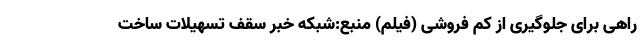
راهی برای جلوگیری از کم فروشی (فیلم) منبع:شبکه خبر سقف تسهیلات ساخت